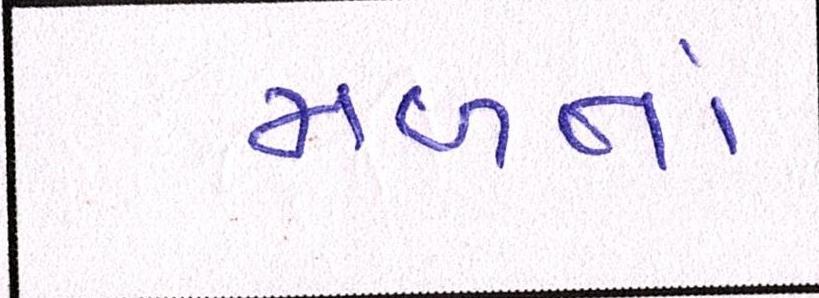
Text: મળતાં